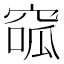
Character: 𥦫